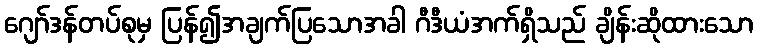
ဂျော်ဒန်တပ်စုမှ ပြန်၍အချက်ပြသောအခါ ဂီဒီယံအက်ရှိသည် ချိန်းဆိုထားသော